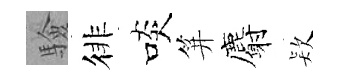
驗徘啖笄麝𣣇